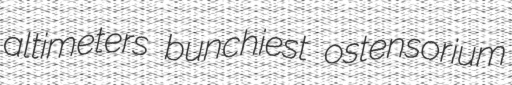
altimeters bunchiest ostensorium